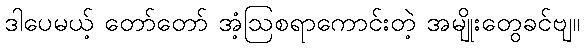
ဒါပေမယ့် တော်တော် အံ့ဩစရာကောင်းတဲ့ အမျိုးတွေခင်ဗျ။